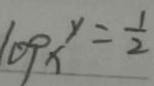
\log _ { x } ^ { y } = \frac { 1 } { 2 }